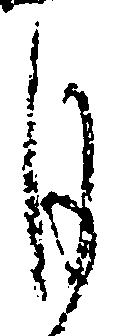
月